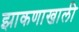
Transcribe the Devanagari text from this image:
झाकणाखाली